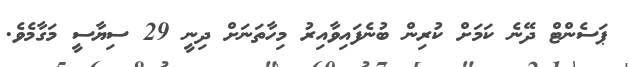
ޕަސެންޓް ދޭނެ ކަމަށް ކުރިން ބުނެފައިވާއިރު މިހާތަނަށް ދިނީ 29 ސިޔާސީ މަގާމެވެ.